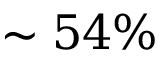
\sim 5 4 \%